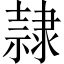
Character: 隷